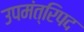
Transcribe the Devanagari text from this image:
उपमंत्रिपद